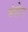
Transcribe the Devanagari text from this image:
मंडोरा